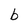
Character: b